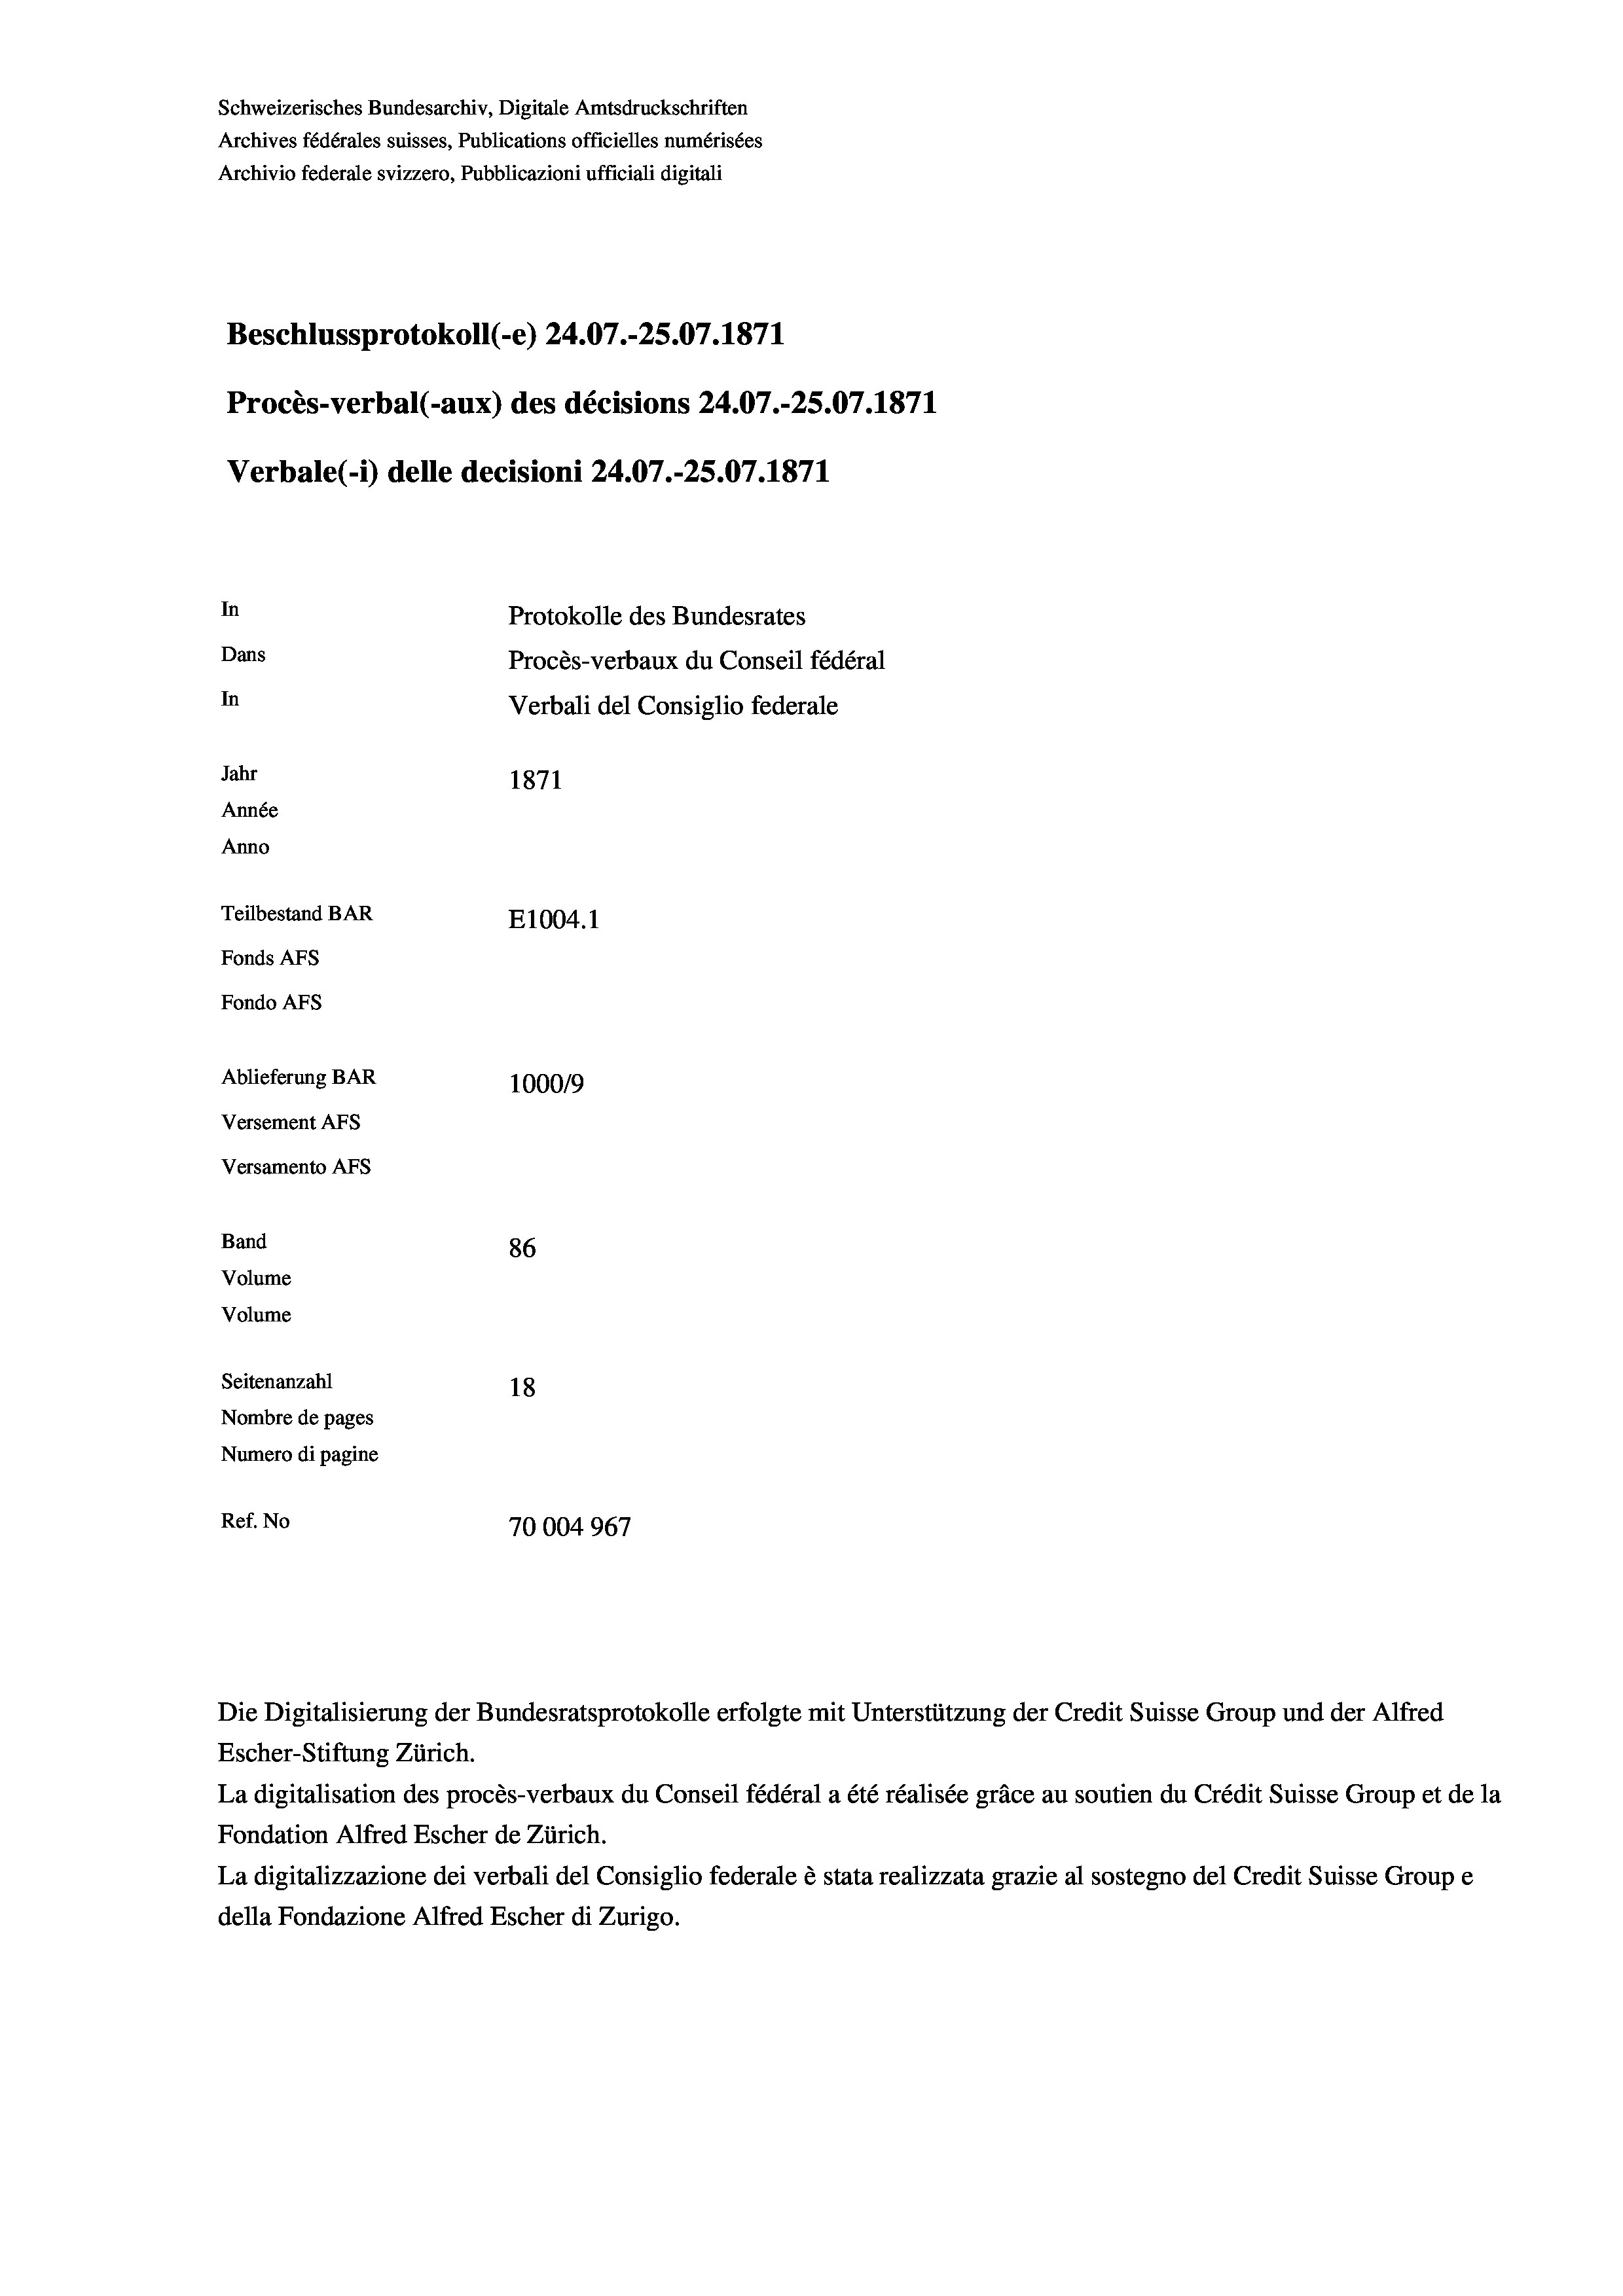
Schweizerisches Bundesarchiv, Digitale Amtsdruckschriften
Archives fédérales suisses, Publications officielles numérisées
Archivio federale svizzero, Pubblicazioni ufficiali digitali
Beschlussprotokoll (-e) 24.07.-25.07. 1871
Procès-verbal (-aux) des décisions 24.07.-25.07. 1871
Verbale (- 1) delle decisioni 24.07.-25.07. 1871
In
Protokolle des Bundesrates
Dans
Procès-verbaux du Conseil fédéral
In
Verbali del Consiglio federale
Jahr
1871
Année
Anno
Teilbestand BAR
E1004. 1
Fonds Afs
Fondo AFS
Ablieferung BAR
100019
Versement AFs
Versamento AFs
Band
86
Volume
Volume
Seitenanzahl
18
Nombre de pages
Numero di pagine
Ref. No
70004967

Die Digitalisierung der Bundesratsprotokolle erfolgte mit Unterstützung der Credit Suisse Group und der Alfred
Escher-Stiftung Zürich.
La digitalisation des procès-verbaux du Conseil fédéral a été réalisée gräce au soutien du Crédit Suisse Group et de la
Fondation Alfred Escher de Zürich.
La digitalizzazione dei verbali del Consiglio federale è stata realizzata grazie al sostegno del Credit Suisse Groupe
della Fondazione Alfred Escher di Zurigo.